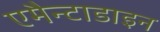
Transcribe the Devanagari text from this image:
एमैन्टाडाइन